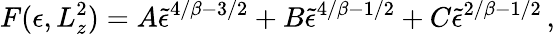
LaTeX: F(\epsilon,L_{z}^{2})=A\tilde{\epsilon}^{4/\beta-3/2}+B\tilde{\epsilon}^{4/\beta-1/2}+C\tilde{\epsilon}^{2/\beta-1/2}\, ,